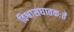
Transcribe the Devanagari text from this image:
विश्वासघातकःते